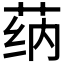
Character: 𰱌